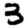
Digit: 3